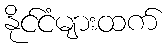
နိုင်ငံများထက်